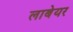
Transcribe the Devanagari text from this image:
लाबेयर